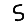
Digit: 5